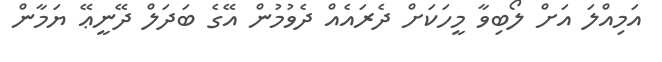
އަމިއްލަ އަށް ލޯބިވާ މީހަކަށް ދެރައެއް ދެވުމުން އޭގެ ބަދަލް ދޭނީޢޭ ޔަމާން